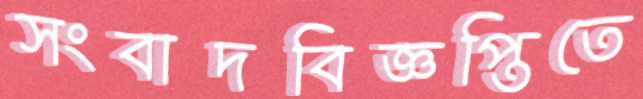
সংবাদবিজ্ঞপ্তিতে